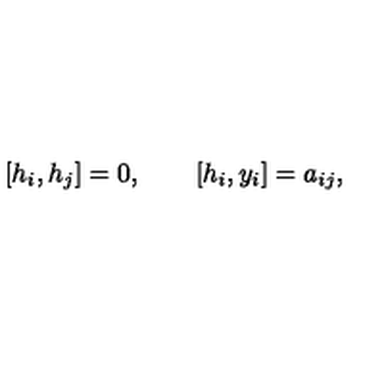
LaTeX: [ h _ { i } , h _ { j } ] = 0 , \qquad [ h _ { i } , y _ { i } ] = a _ { i j } ,